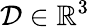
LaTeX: \mathcal{D}\in\mathbb{R}^{3}